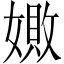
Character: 𪦚